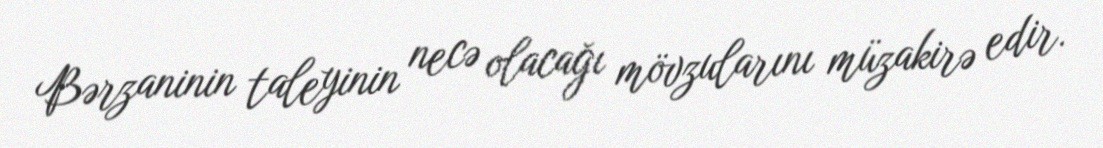
Bərzaninin taleyinin necə olacağı mövzularını müzakirə edir.